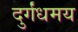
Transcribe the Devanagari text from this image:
दुर्गंधमय